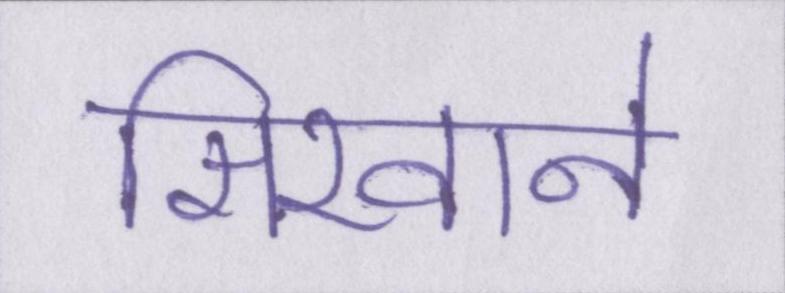
सिखाने